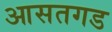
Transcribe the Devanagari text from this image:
आसतगड